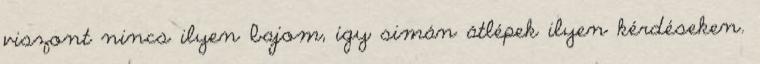
viszont nincs ilyen bajom, így simán átlépek ilyen kérdéseken.